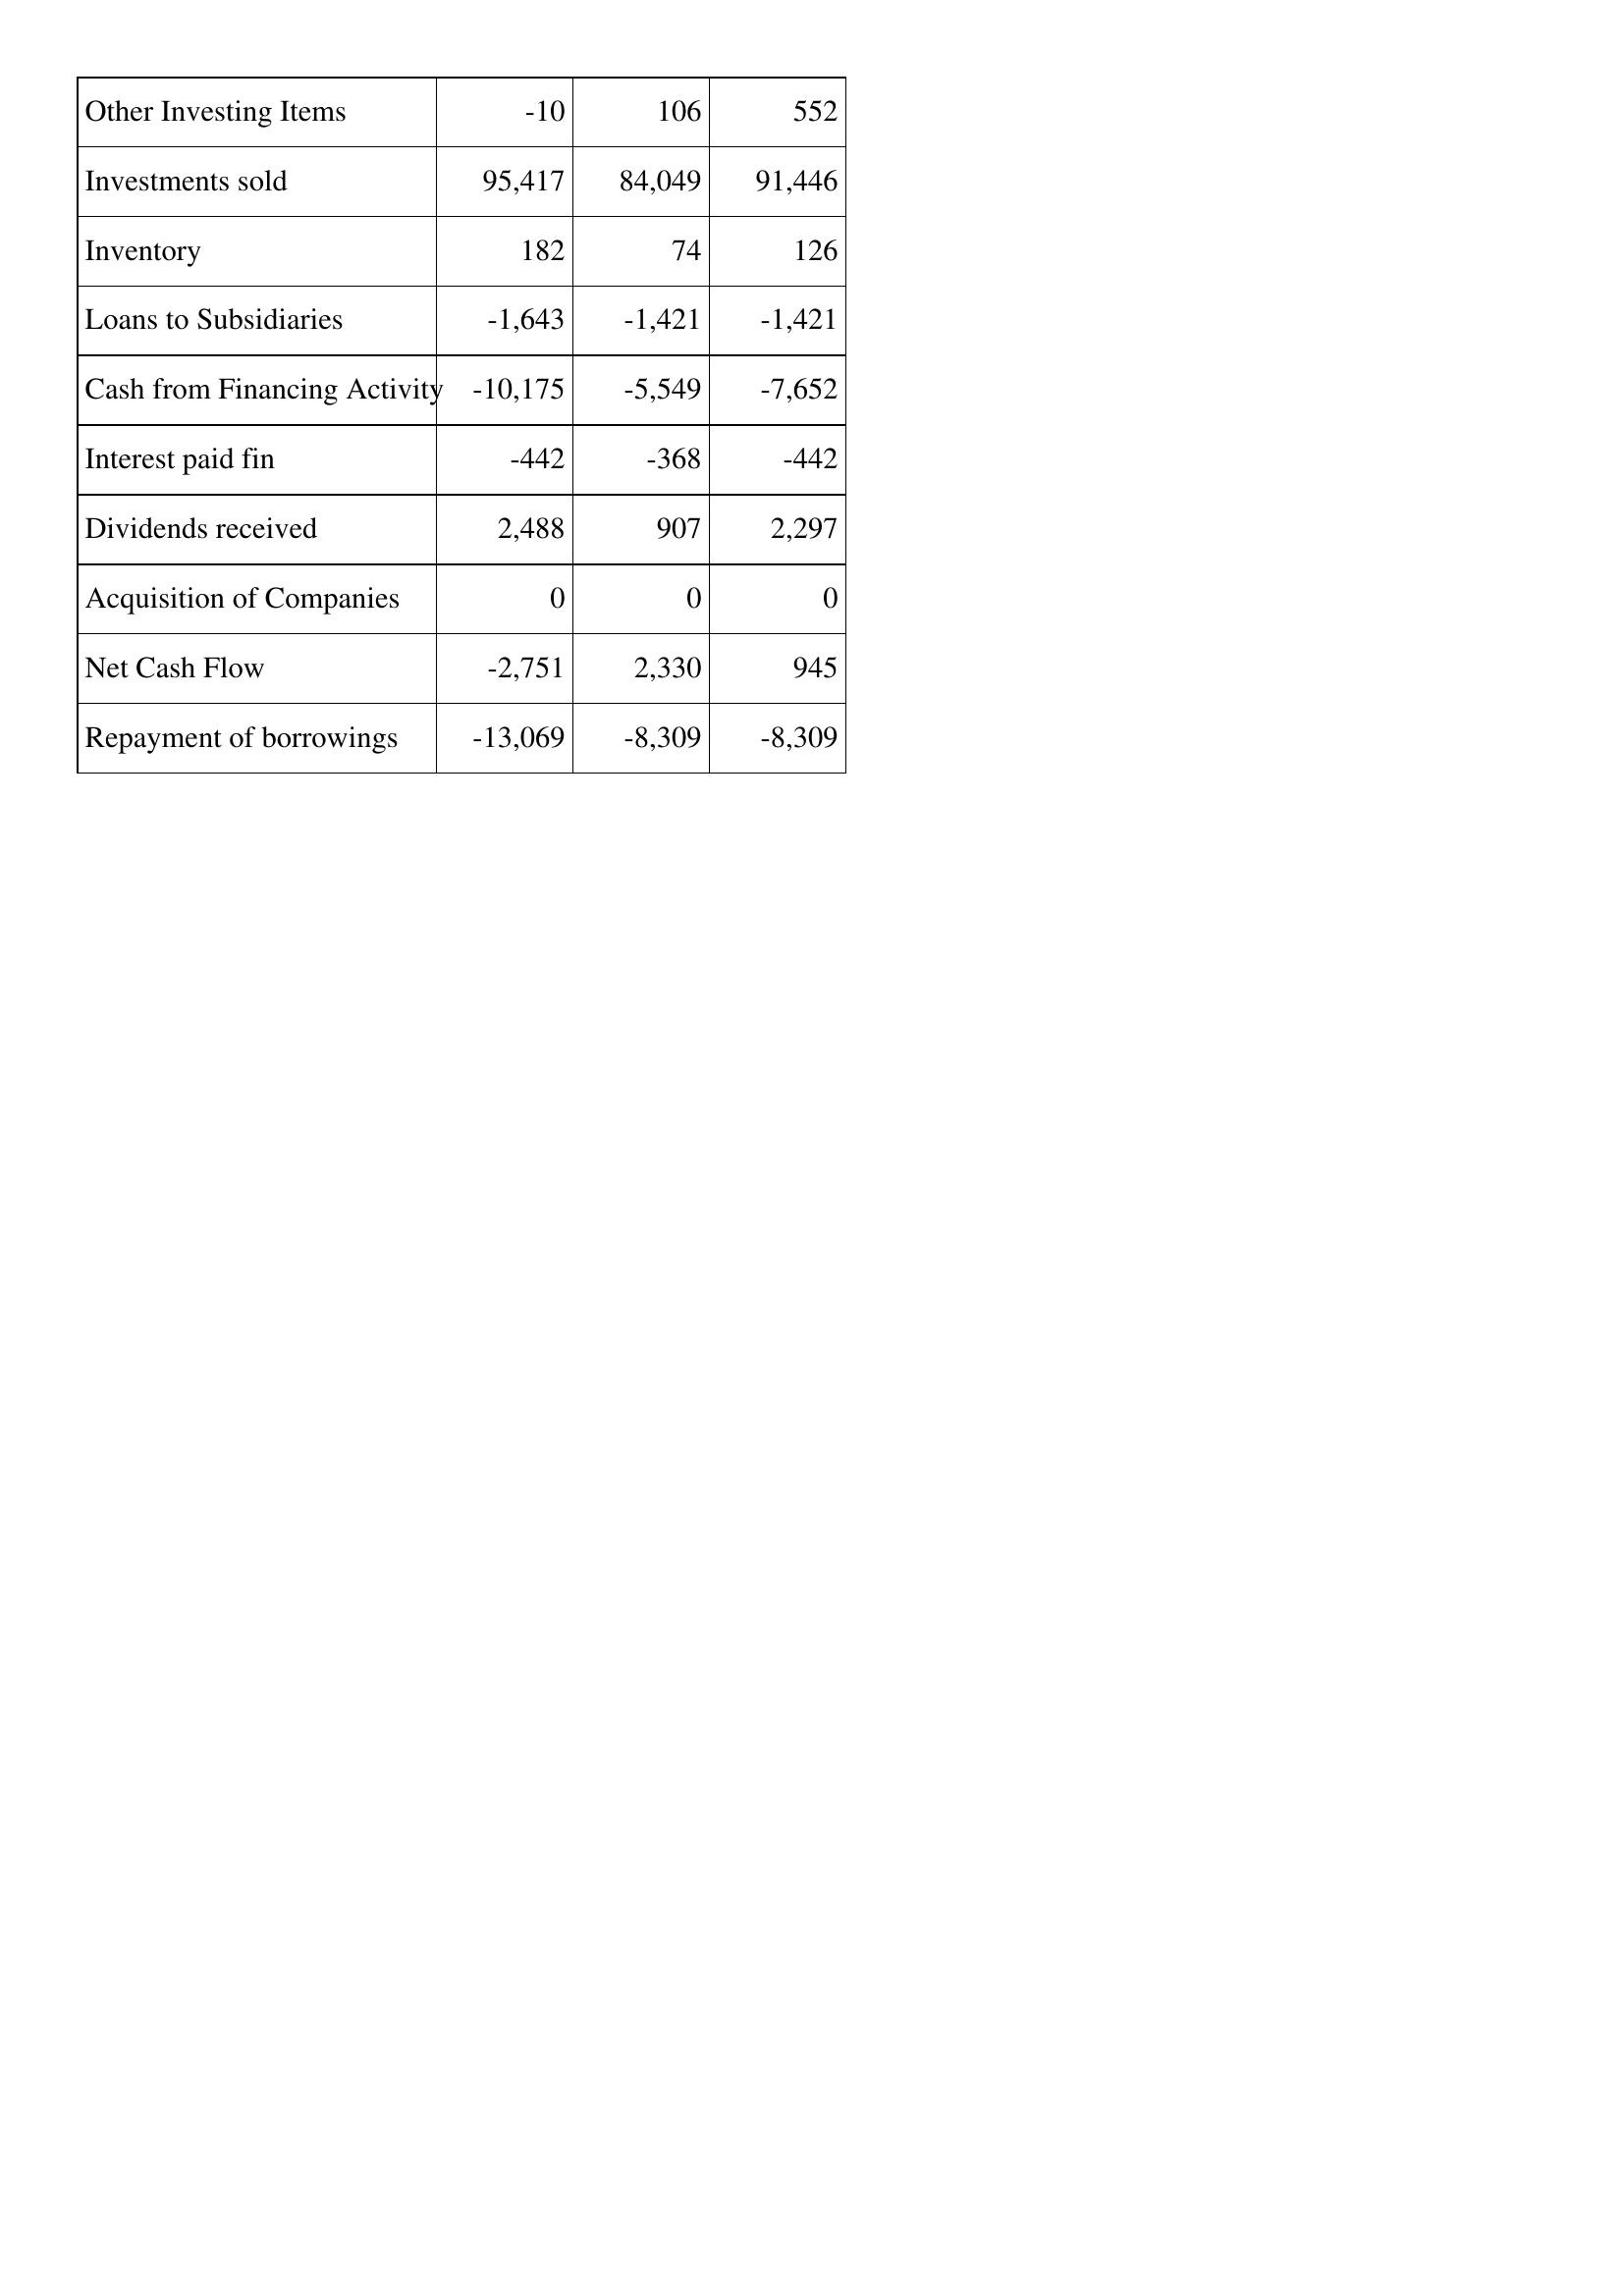
Apr-94: Cash Flows: Other Investing Items: -10
Investments sold: 95,417
Inventory: 182
Loans to Subsidiaries: -1,643
Cash from Financing Activity: -10,175
Interest paid fin: -442
Dividends received: 2,488
Acquisition of Companies: 0
Net Cash Flow: -2,751
Repayment of borrowings: -13,069
Apr-93: Cash Flows: Other Investing Items: 106
Investments sold: 84,049
Inventory: 74
Loans to Subsidiaries: -1,421
Cash from Financing Activity: -5,549
Interest paid fin: -368
Dividends received: 907
Acquisition of Companies: 0
Net Cash Flow: 2,330
Repayment of borrowings: -8,309
Apr-92: Cash Flows: Other Investing Items: 552
Investments sold: 91,446
Inventory: 126
Loans to Subsidiaries: -1,421
Cash from Financing Activity: -7,652
Interest paid fin: -442
Dividends received: 2,297
Acquisition of Companies: 0
Net Cash Flow: 945
Repayment of borrowings: -8,309